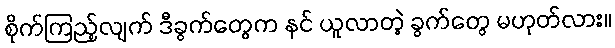
စိုက်ကြည့်လျက် ဒီခွက်တွေက နင် ယူလာတဲ့ ခွက်တွေ မဟုတ်လား။